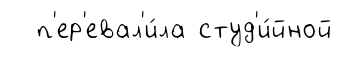
п'ер'евал'и́ла студ'и́йной